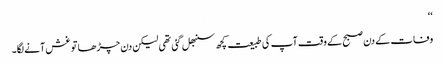
‘‘
وفات کے دن صبح کے وقت آپ کی طبیعت کچھ سنبھل گئی تھی لیکن دن چڑھا تو غش آنے لگا۔